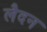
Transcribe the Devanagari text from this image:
लैदन